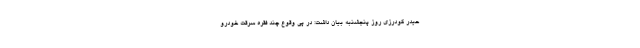
حیدر گودرزی روز پنجشنبه بیان داشت: در پی وقوع چند فقره سرقت خودرو